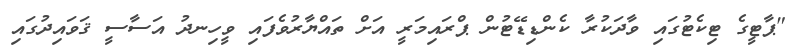
"ޕާޓީގެ ޓިކެޓުގައި ވާދަކުރާ ކެންޑިޑޭޓުން ޕްރައިމަރީ އަށް ތައްޔާރުވެފައި ވީހިނދު އަސާސީ ޤަވައިދުގައި